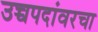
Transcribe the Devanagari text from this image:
उच्चपदांवरचा